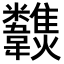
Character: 𩏶